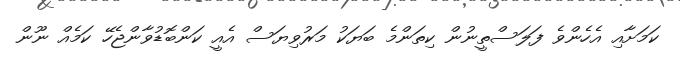
ކަމަށާއި އެހެންވެ ފަލަސްތީނުން ކިތަންމެ ބަޔަކު މަރުވިޔަސް އެއީ ކަންބޮޑުވާންޖެހޭ ކަމެއް ނޫން